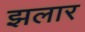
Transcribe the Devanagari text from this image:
झलार